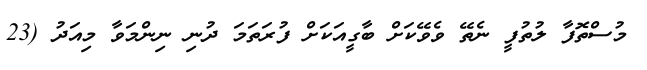
މުސްތޮފާ ލުތުފީ ނެތޭ ވެވޭކަށް ބާގީއަކަށް ފުރަތަމަ ދުނި ނިންމަވާ މިއަދު (23